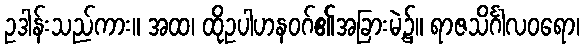
ဥဒါန်းသည်ကား။ အထ၊ ထိုဥပါဟနဝဂ်၏အခြားမဲ့၌။ ရာဇသိင်္ဂါလဝရော၊